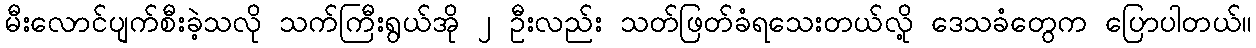
မီးလောင်ပျက်စီးခဲ့သလို သက်ကြီးရွယ်အို ၂ ဦးလည်း သတ်ဖြတ်ခံရသေးတယ်လို့ ဒေသခံတွေက ပြောပါတယ်။